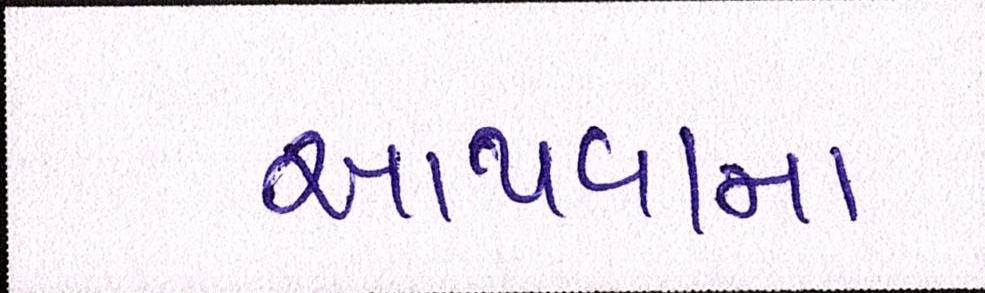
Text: આપવામા